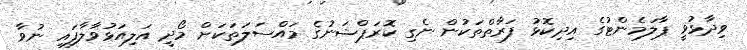
ވިދާޅުވީ ޕާލަމެންޓުގެ އިދިކޮޅު ފަރާތްތަކުން ނެގި ކޮރަޕްޝަނުގެ މައްސަލަތަކަށް މޯދީ އަލިއަޅުވާލާފައި ނުވާ